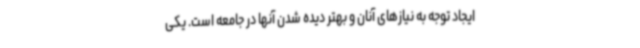
ایجاد توجه به نیازهای آنان و بهتر دیده شدن آنها در جامعه است. یکی